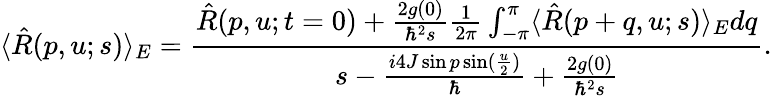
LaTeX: \langle\hat{R}(p,u;s)\rangle_{E}=\frac{\hat{R}(p,u;t=0)+\frac{2g(0)}{\hbar^{2}s}\frac{1}{2\pi}\int_{-\pi}^{\pi}\langle\hat{R}(p+q,u;s)\rangle_{E}dq}{s-\frac{i4J\sin p\sin(\frac{u}{2})}{\hbar}+\frac{2g(0)}{\hbar^{2}s}}.